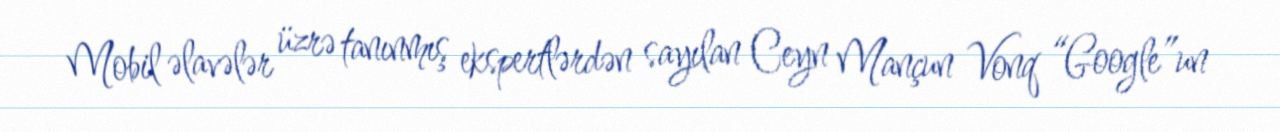
Mobil əlavələr üzrə tanınmış ekspertlərdən sayılan Ceyn Mançun Vonq “Google”un